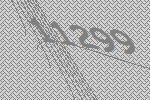
11299